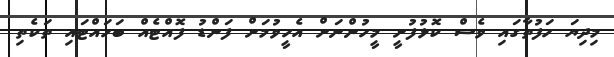
މިދިޔަ ހަފުތާގައި ވެސް ކޮޅުފުށީ މީހުންނަށް އެހީވުމަށް ފަންޑު ފޮއްޓެއް ބަހައްޓައި ތަކެތި